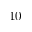
1 0